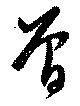
曾